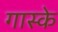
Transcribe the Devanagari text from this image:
गास्के